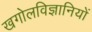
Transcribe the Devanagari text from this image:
खगोलविज्ञानियों